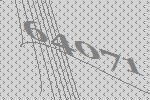
64071